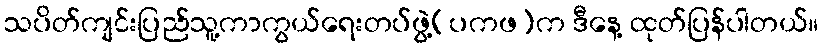
သပိတ်ကျင်းပြည်သူ့ကာကွယ်ရေးတပ်ဖွဲ့(ပကဖ)က ဒီနေ့ ထုတ်ပြန်ပါတယ်။